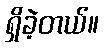
ရှိခဲ့တယ်။